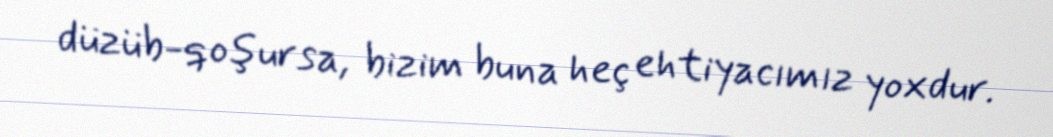
düzüb-qoşursa, bizim buna heç ehtiyacımız yoxdur.